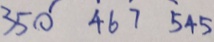
3 5 0 4 6 7 5 4 5